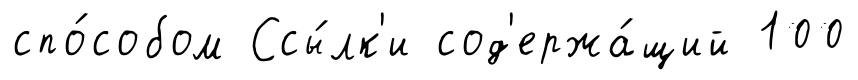
спо́собом Ссы́лк'и сод'ержа́щий 100